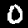
Label: 0